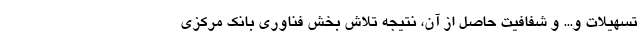
تسهیلات و... و شفافیت حاصل از آن، نتیجه تلاش بخش فناوری بانک مرکزی